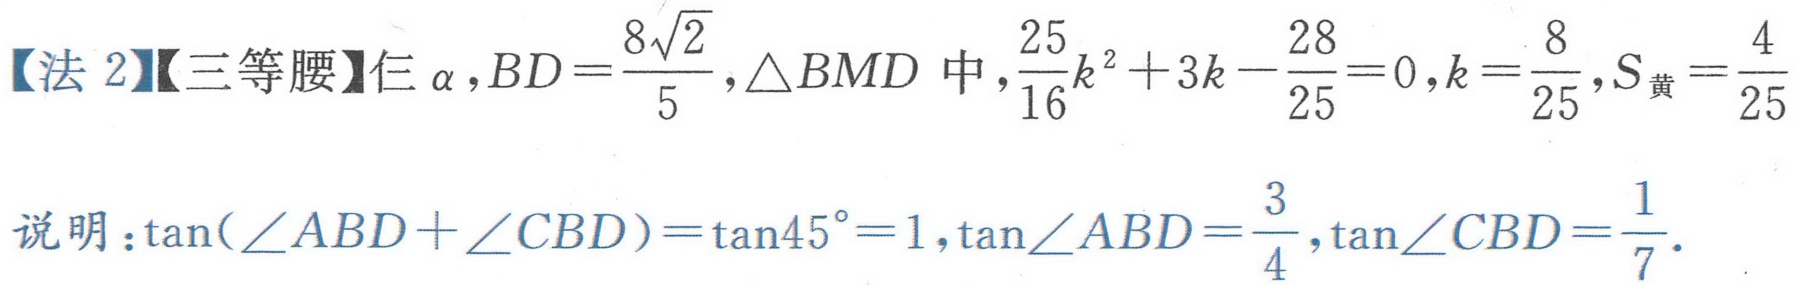
【法 2】【三等腰】仨\(\alpha\)，\(BD = \frac{8\sqrt{2}}{5}\)，\(\triangle BMD\)中，\(\frac{25}{16}k^{2}+3k - \frac{28}{25}=0\)，\(k = \frac{8}{25}\)，\(S_{黄}=\frac{4}{25}\)
说明：\(\tan(\angle ABD+\angle CBD)=\tan45^{\circ}=1\)，\(\tan\angle ABD = \frac{3}{4}\)，\(\tan\angle CBD=\frac{1}{7}\).